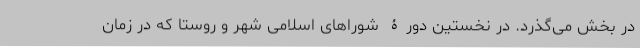
در بخش می‌گذرد. در نخستین دورۀ شوراهای اسلامی شهر و روستا که در زمان